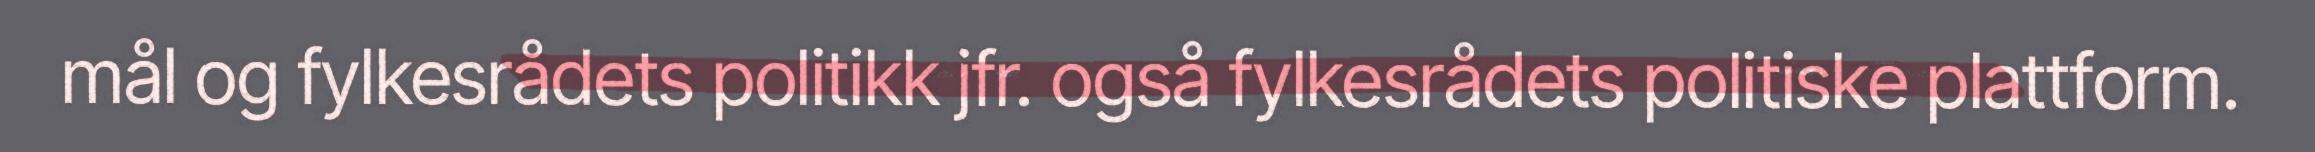
mål og fylkesrådets politikk jfr. også fylkesrådets politiske plattform.